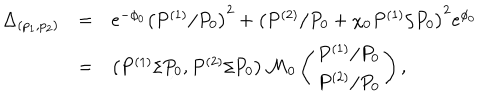
LaTeX: \begin{array} { r c l } { { \Delta _ { ( p _ { 1 } , p _ { 2 } ) } } } & { { = } } & { { e ^ { - \phi _ { 0 } } \left( P ^ { ( 1 ) } / P _ { 0 } \right) ^ { 2 } + \left( P ^ { ( 2 ) } / P _ { 0 } + \chi _ { 0 } P ^ { ( 1 ) } / P _ { 0 } \right) ^ { 2 } e ^ { \phi _ { 0 } } } } \\ { { } } & { { = } } & { { \left( P ^ { ( 1 ) } / P _ { 0 } , P ^ { ( 2 ) } / P _ { 0 } \right) { \cal M } _ { 0 } \left( \begin{array} { c } { { P ^ { ( 1 ) } / P _ { 0 } } } \\ { { P ^ { ( 2 ) } / P _ { 0 } } } \\ \end{array} \right) , } } \\ \end{array}